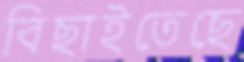
বিছাইতেছে